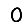
Digit: 0